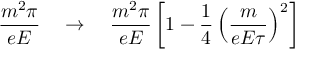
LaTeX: \frac { m ^ { 2 } \pi } { e E } \quad \to \quad \frac { m ^ { 2 } \pi } { e E } \left[ 1 - \frac { 1 } { 4 } \left( \frac { m } { e E \tau } \right) ^ { 2 } \right]